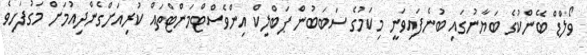
ވޯލްޑް ބޭންކުގެ ބަޔާނުގައި ބުނެފައިވަނީ މިކަމުގެ ސަބަބުން ޕަބްލިކް އިންވެސްޓްމަންޓްތައް ކުރިއަށްގެންދިއުމަށް މަގުފަހިވެ